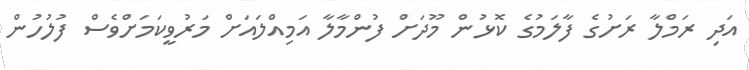
އަދި ރަމްލާ ރަށުގެ ފާލަމުގެ ކޮޅުން މޫދަށް ފުންމާލާ އަމިއްލައަށް މަރުވީކަމަށްވެސް ފުލުހުން